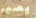
يصير